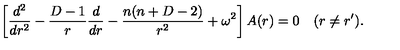
\left[ { \frac { d ^ { 2 } } { d r ^ { 2 } } } - { \frac { D - 1 } { r } } { \frac { d } { d r } } - { \frac { n ( n + D - 2 ) } { r ^ { 2 } } } + \omega ^ { 2 } \right] A ( r ) = 0 \quad ( r \neq r ^ { \prime } ) .